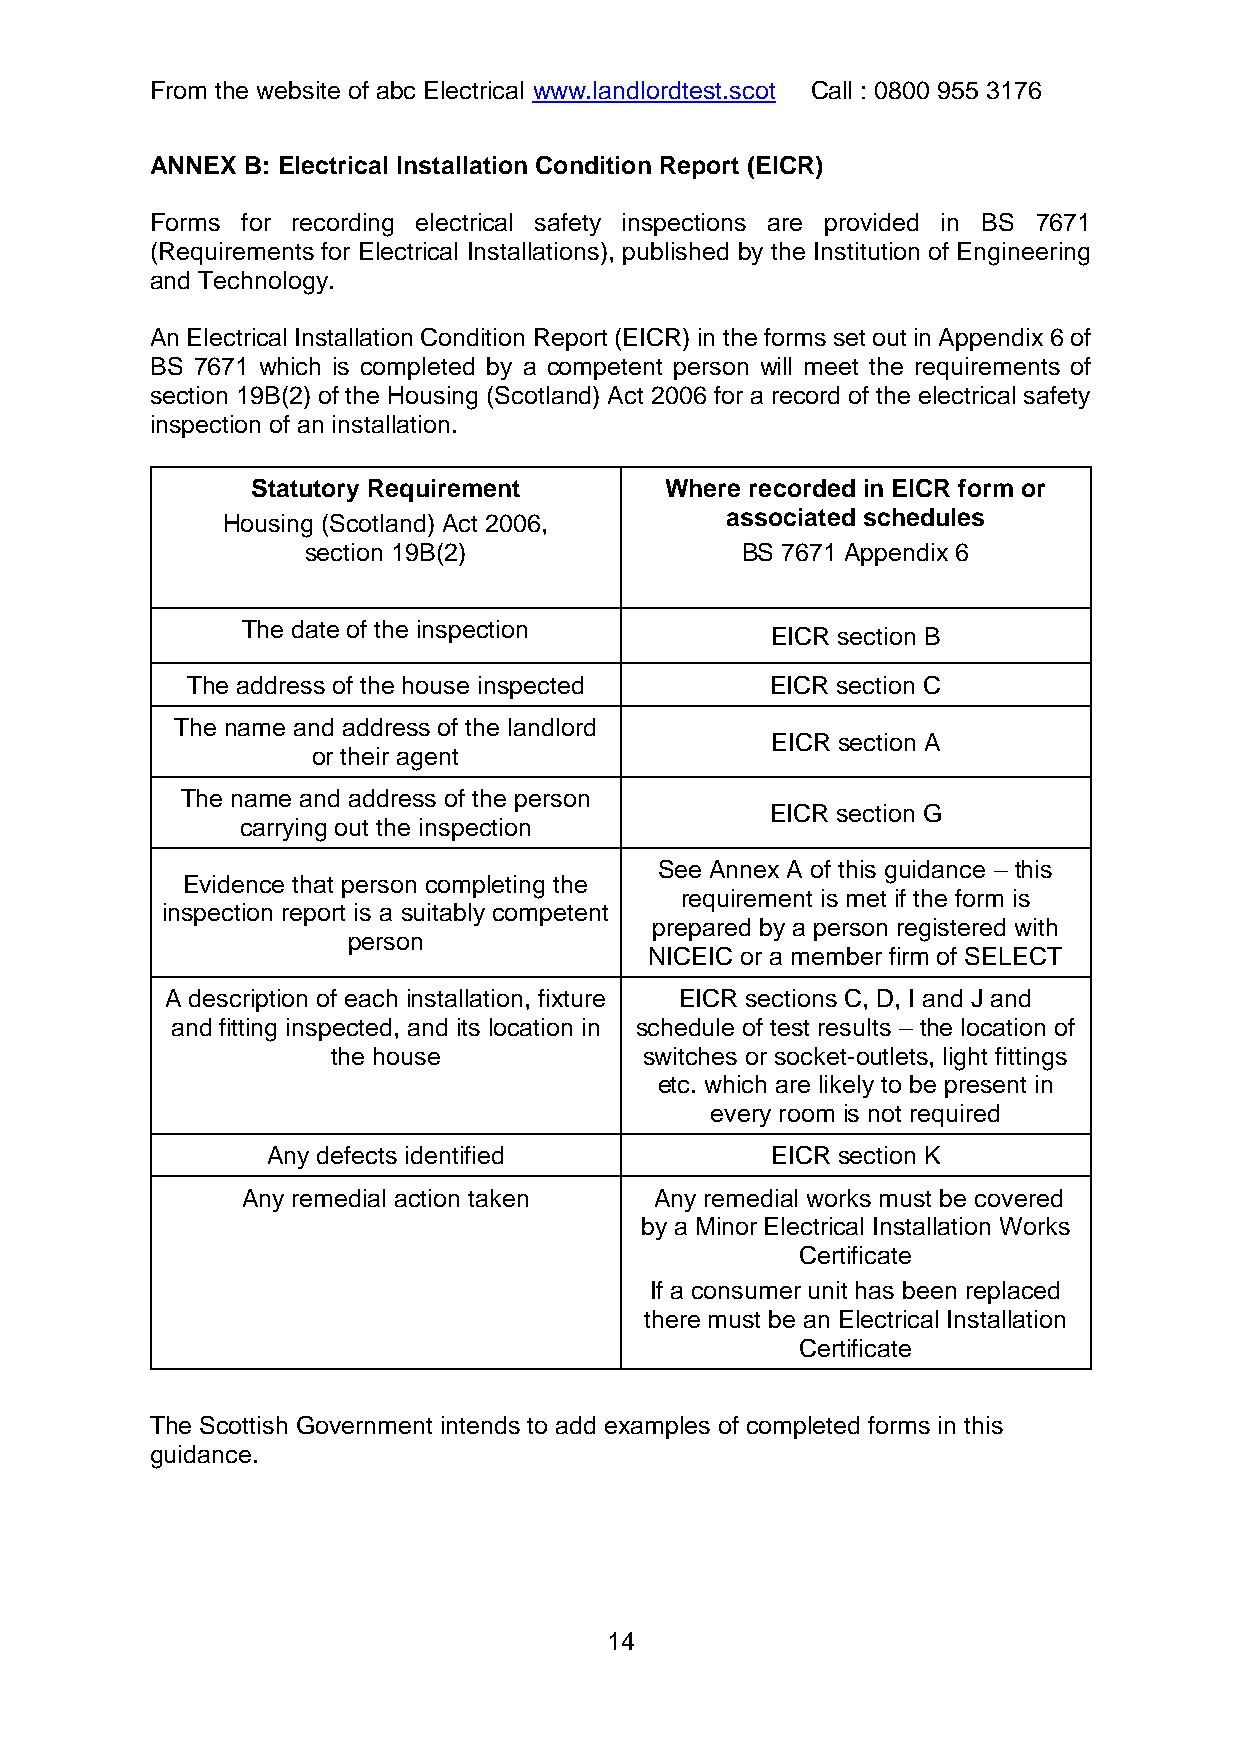
From the website of abc Electrical www.landlordtest.scot Call : 0800 955 3176
 ANNEX B: Electrical Installation Condition Report (EICR)
 Forms for recording electrical safety inspections are provided in BS 7671
 (Requirements for Electrical Installations), published by the Institution of Engineering
 and Technology.
 An Electrical Installation Condition Report (EICR) in the forms set out in Appendix 6 of
 BS 7671 which is completed by a competent person will meet the requirements of
 section 19B(2) of the Housing (Scotland) Act 2006 for a record of the electrical safety
 inspection of an installation.
 Statutory Requirement      Where recorded in EICR form or
 Housing (Scotland) Act 2006,     associated schedules
 section 19B(2)               BS 7671 Appendix 6
 The date of the inspection
 EICR section B
 The address of the house inspected     EICR section C
 The name and address of the landlord
 EICR section A
 or their agent
 The name and address of the person
 EICR section G
 carrying out the inspection
 See Annex A of this guidance – this
 Evidence that person completing the
 requirement is met if the form is
 inspection report is a suitably competent
 prepared by a person registered with
 person
 NICEIC or a member firm of SELECT
 A description of each installation, fixture EICR sections C, D, I and J and
 and fitting inspected, and its location in schedule of test results – the location of
 the house            switches or socket-outlets, light fittings
 etc. which are likely to be present in
 every room is not required
 Any defects identified           EICR section K
 Any remedial action taken  Any remedial works must be covered
 by a Minor Electrical Installation Works
 Certificate
 If a consumer unit has been replaced
 there must be an Electrical Installation
 Certificate
 The Scottish Government intends to add examples of completed forms in this
 guidance.
 14